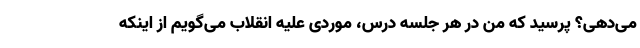
می‌دهی؟ پرسید که من در هر جلسه درس، موردی علیه انقلاب می‌گویم از اینکه